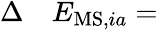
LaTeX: \begin{array}{rl}{\Delta}&{{}E_{\mathrm{MS},ia}=}\end{array}